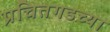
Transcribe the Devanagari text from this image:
प्रचितगडच्या